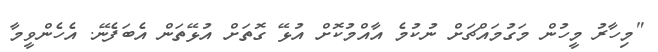
"މިހާރު މީހުން މަގުމައްޗަށް ނުކުމެ އާއްމުކޮށް އުޅޭ ގޮތަށް އުޅޭތަން އެބަފެނޭ. އެހެންވީމާ